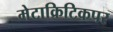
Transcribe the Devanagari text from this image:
मेटाक्रिटिकपर